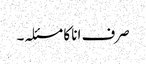
صرف انا کا مسئلہ۔